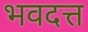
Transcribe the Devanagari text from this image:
भवदत्त